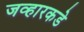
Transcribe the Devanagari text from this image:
जव्हारकडे